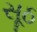
સૂઠ